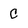
Character: C